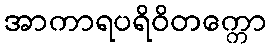
အာကာရပရိဝိတက္ကော